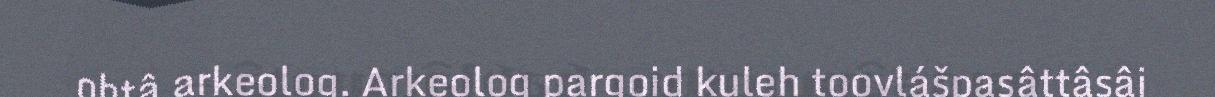
ohtâ arkeolog. Arkeolog pargoid kuleh toovlášpasâttâsâi